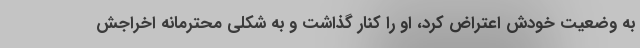
به وضعیت خودش اعتراض کرد، او را کنار گذاشت و به شکلی محترمانه اخراجش